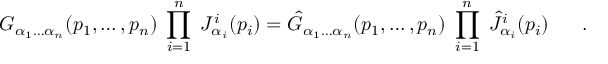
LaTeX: G _ { \alpha _ { 1 } \ldots \alpha _ { n } } ( p _ { 1 } , \ldots , p _ { n } ) \; \prod _ { i = 1 } ^ { n } \; J _ { \alpha _ { i } } ^ { i } ( p _ { i } ) = \hat { G } _ { \alpha _ { 1 } \ldots \alpha _ { n } } ( p _ { 1 } , \ldots , p _ { n } ) \; \prod _ { i = 1 } ^ { n } \; \hat { J } _ { \alpha _ { i } } ^ { i } ( p _ { i } ) \ \ \ \ \ .